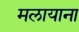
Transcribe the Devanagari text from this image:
मलायाना